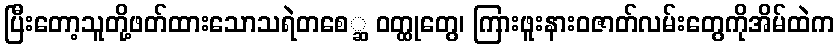
ပြီးတော့သူတို့ဖတ်ထားသောသရဲတစေ္ဆ ဝတ္ထုတွေ၊ ကြားဖူးနားဝဇာတ်လမ်းတွေကိုအိမ်ထဲက